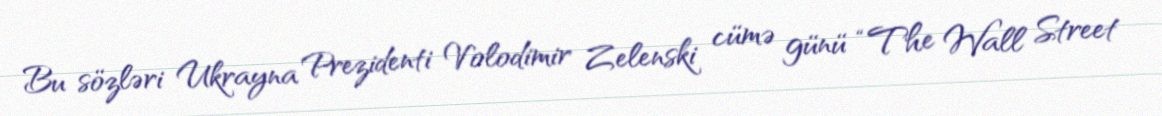
Bu sözləri Ukrayna Prezidenti Volodimir Zelenski cümə günü “The Wall Street